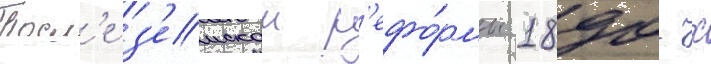
Посл'е з'емскои р'ефо́рмы 1890-х